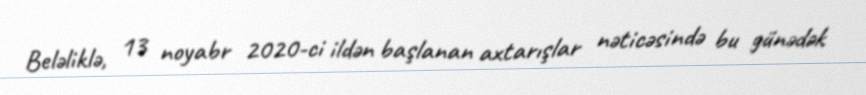
Beləliklə, 13 noyabr 2020-ci ildən başlanan axtarışlar nəticəsində bu günədək